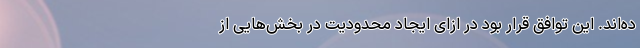
ده‌اند. این توافق قرار بود در ازای ایجاد محدودیت‌ در بخش‌هایی از